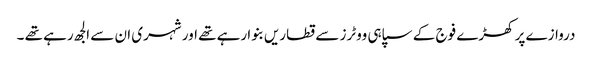
دروازے پر کھڑے فوج کے سپاہی ووٹرز سے قطاریں بنوا رہے تھے اور شہری ان سے الجھ رہے تھے ۔